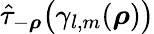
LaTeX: \hat{\tau}_{-{\boldsymbol\rho}}{\big(\gamma_{l,m}({\boldsymbol\rho})\big)}